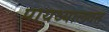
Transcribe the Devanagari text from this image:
पायथ्यालगत